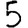
Digit: 5